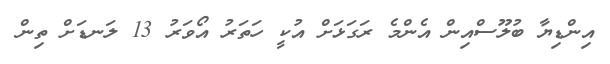
އިންޑިޔާ ބުލޫސްއިން އެންމެ ރަގަޅަށް އުކީ ހަތަރު އޯވަރު 13 ލަނޑަށް ތިން